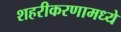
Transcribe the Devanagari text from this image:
शहरीकरणामध्ये